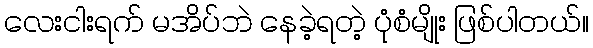
လေးငါးရက် မအိပ်ဘဲ နေခဲ့ရတဲ့ ပုံစံမျိုး ဖြစ်ပါတယ်။